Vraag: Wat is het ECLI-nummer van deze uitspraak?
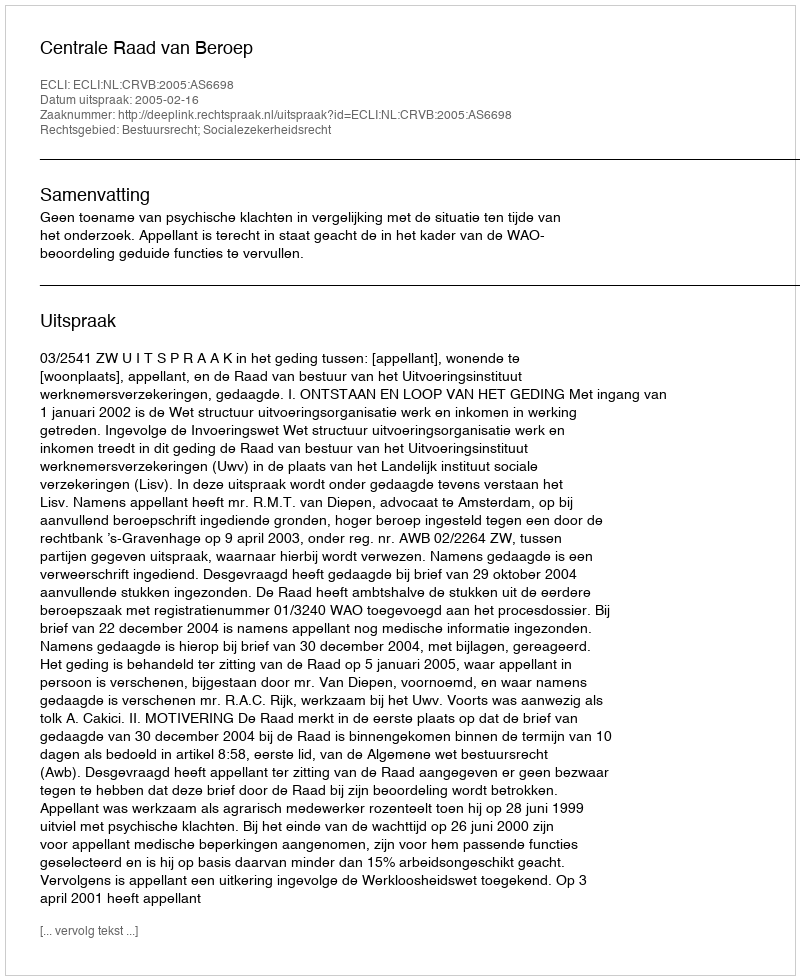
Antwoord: ECLI:NL:CRVB:2005:AS6698